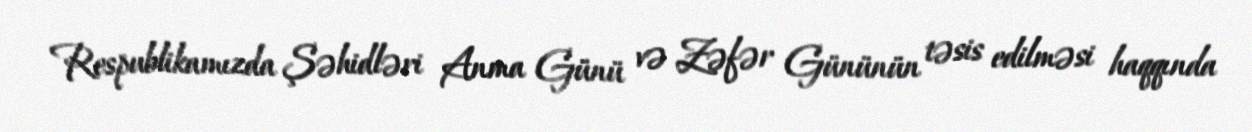
Respublikamızda Şəhidləri Anma Günü və Zəfər Gününün təsis edilməsi haqqında